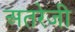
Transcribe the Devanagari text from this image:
अतरेजी